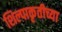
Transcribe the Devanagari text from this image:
शिल्पाकृतीच्या